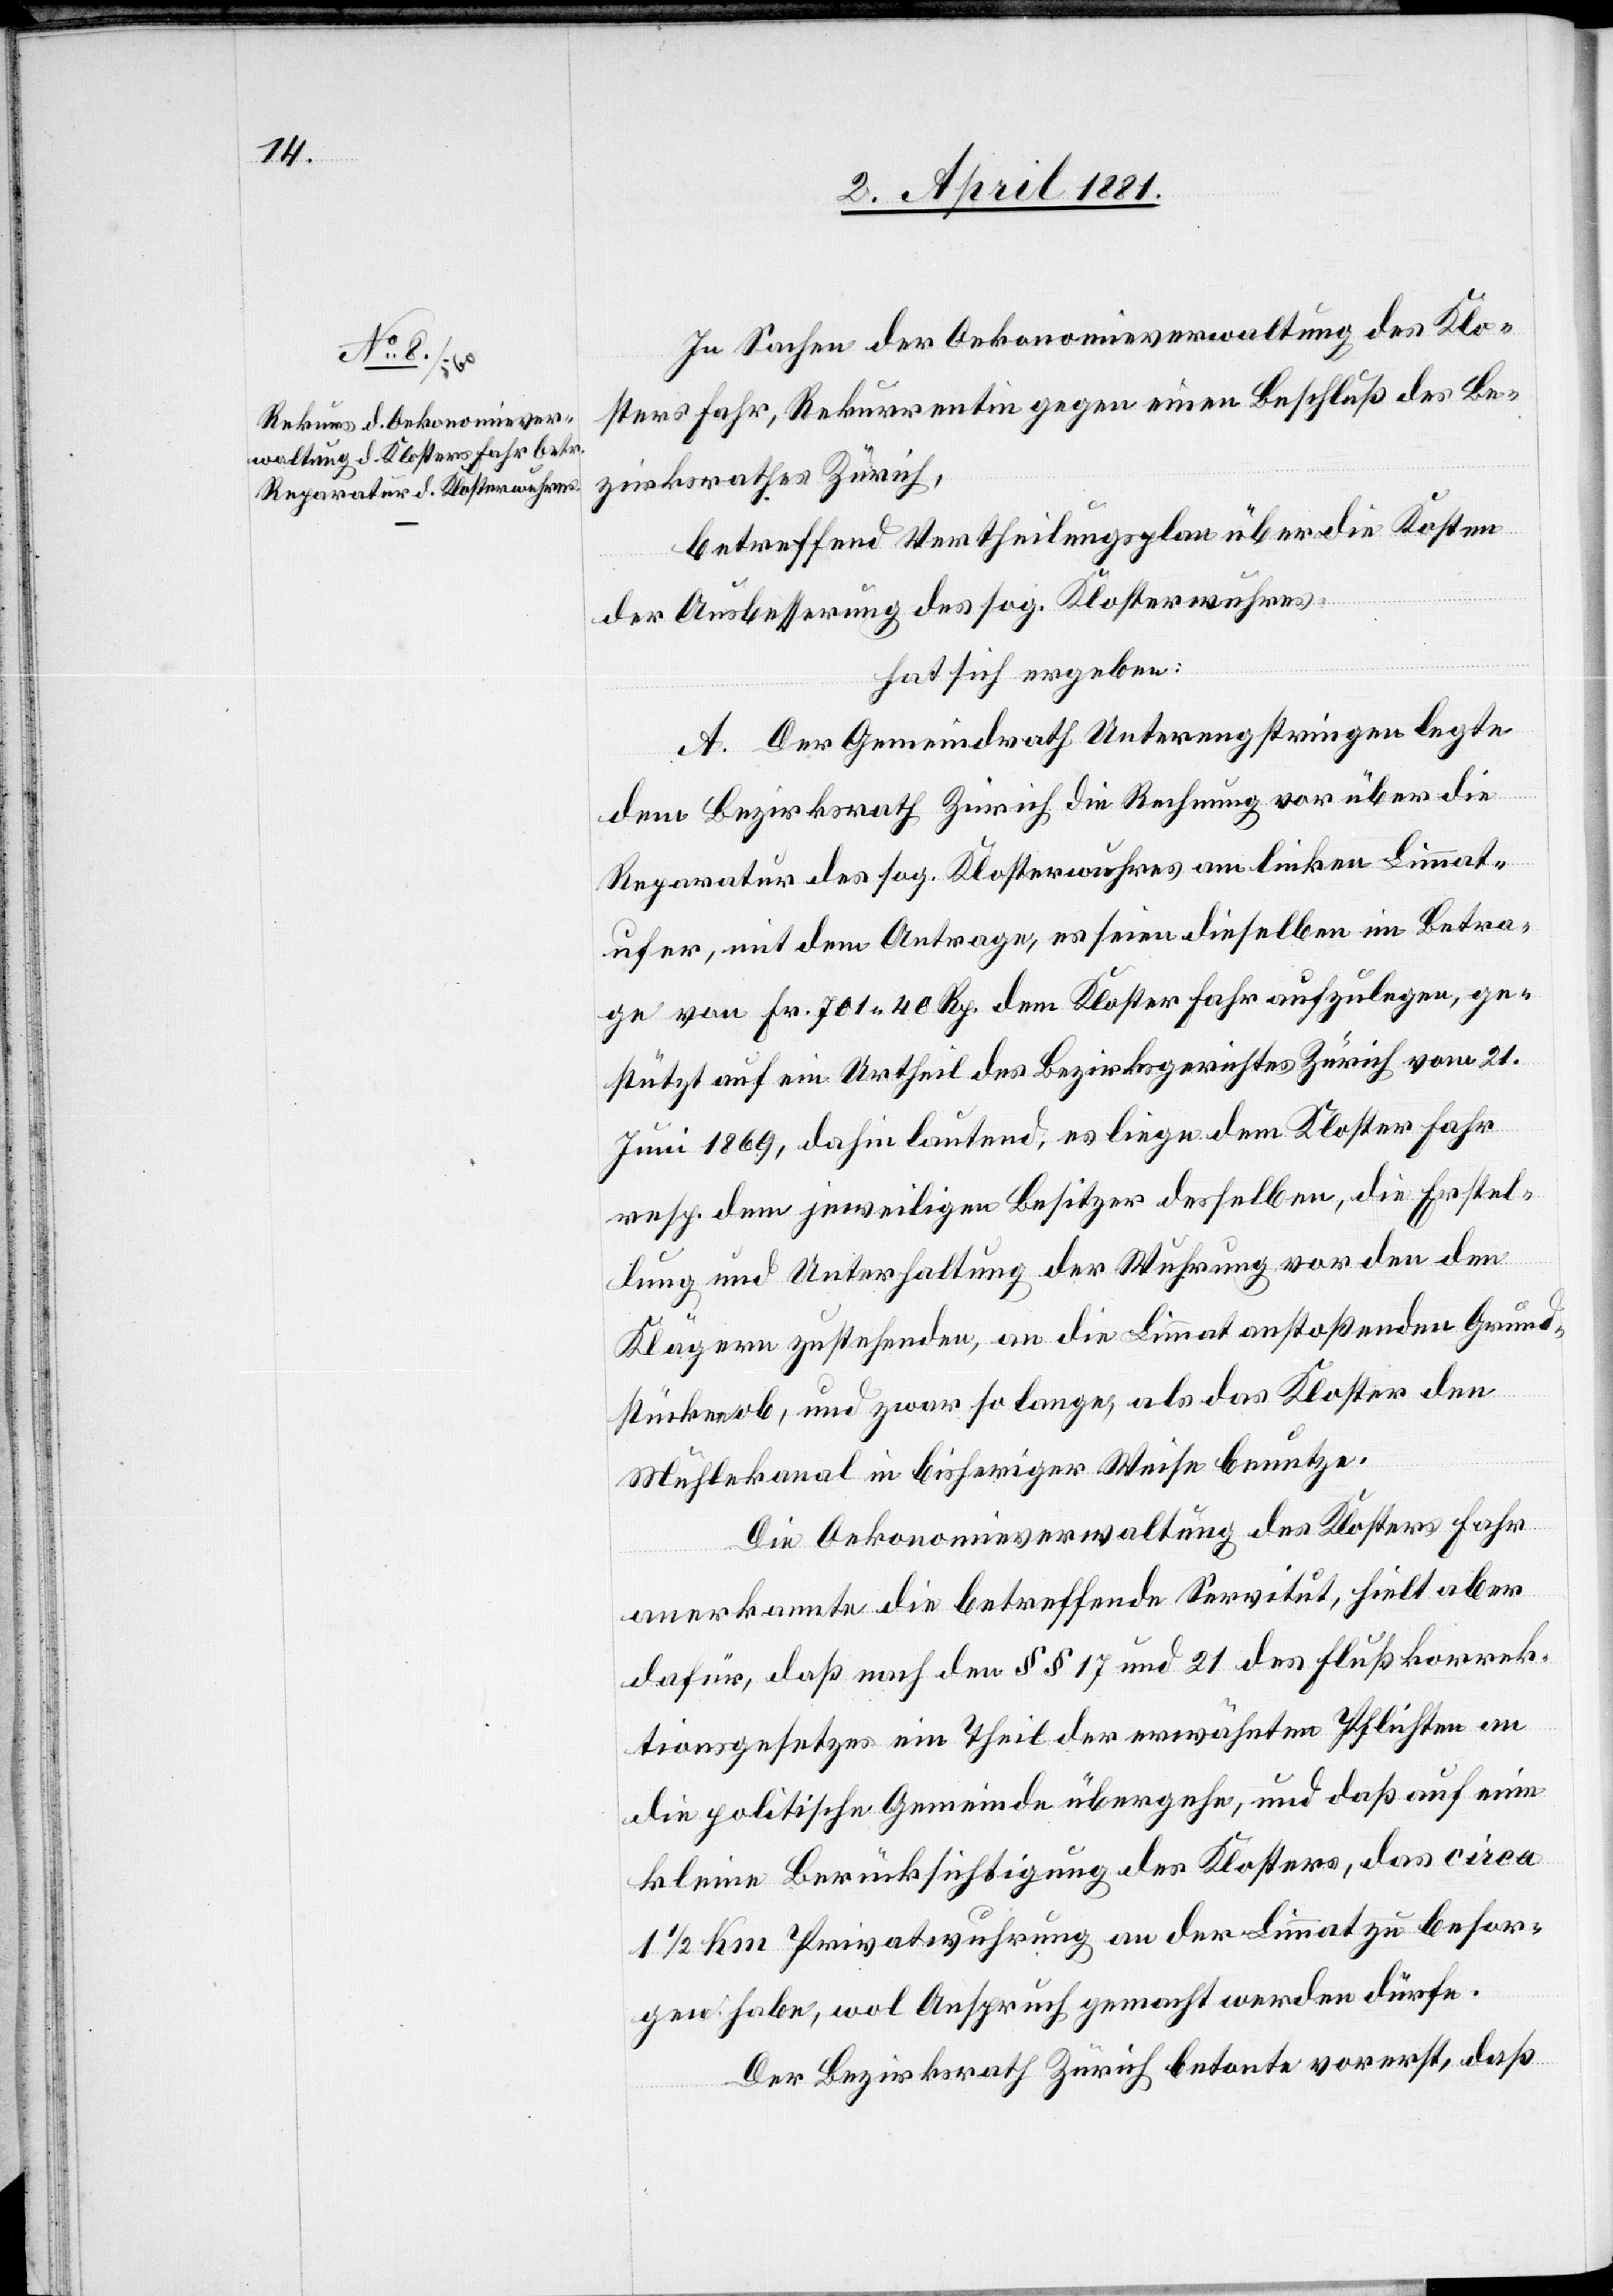
In Sachen der Oekonomieverwaltung des Klo¬
sters Fahr, Rekurrentin gegen einen Beschluß des Be¬
zirksrathes Zürich,
betreffend Vertheilungsplan über die Kosten
der Ausbesserung des sog. Klosterwuhres,
hat sich ergeben:
A. Der Gemeindrath Unterengstringen legte
dem Bezirksrath Zürich die Rechnung vor über die
Reparatur des sog. Klosterwuhres am linken Limmat¬
ufer, mit dem Antrage, es seien dieselben im Betra¬
ge von Fr. 701 40 Rp. dem Kloster Fahr aufzulegen, ge¬
stützt auf ein Urtheil des Bezirksgerichtes Zürich vom 21.
Juni 1869, dahin lautend, es liege dem Kloster Fahr
resp. dem jeweiligen Besitzer desselben, die Erstel¬
lung und Unterhaltung der Wuhrung vor den den
Klägern zustehenden, an die Limmat anstoßenden Grund¬
stücken ob, und zwar so lange, als das Kloster den
Mühlekanal in bisheriger Weise benutze.
Die Oekonomieverwaltung des Klosters Fahr
anerkannte die betreffende Servitut, hielt aber
dafür, daß nach den §§ 17 und 21 des Flußkorrek¬
tionsgesetzes ein Theil der erwähnten Pflichten an
die politische Gemeinde übergehe, und daß auf eine
kleine Berücksichtigung des Klosters, das circa
1/2 Km Privatwuhrung an der Limmat zu besor¬
gen habe, wol Anspruch gemacht werden dürfe.
Der Bezirksrath Zürich betonte vorerst, daß